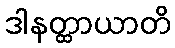
ဒါနတ္ထာယာတိ